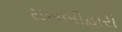
રાસબીહારી